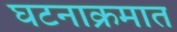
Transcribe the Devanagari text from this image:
घटनाक्रमात